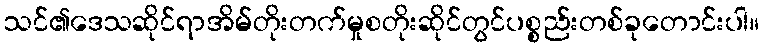
သင်၏ဒေသဆိုင်ရာအိမ်တိုးတက်မှုစတိုးဆိုင်တွင်ပစ္စည်းတစ်ခုတောင်းပါ။